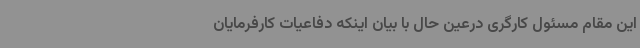
این مقام مسئول کارگری درعین حال با بیان اینکه دفاعیات کارفرمایان